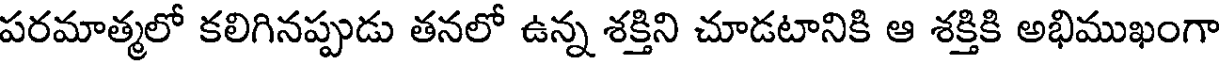
పరమాత్మలో కలిగినప్పుడు తనలో ఉన్న శక్తిని చూడటానికి ఆ శక్తికి అభిముఖంగా